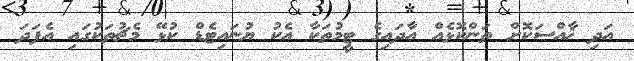
އަދި ޚާއްސަކޮށް ތަންކޮޅެއް އާދައިގެ ޓީމުތަކާ އެކު ޔުނައިޓެޑް ކުޅޭ މެޗުތަކުގައި އެފަދަ